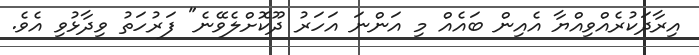
އިރާދަކުރެއްވިއްޔާ އެއިން ބައެއް މި އަންނަ އަހަރު ދޫކޮށްލެވޭނެ" ފަރުހަތު ވިދާޅުވި އެވެ.